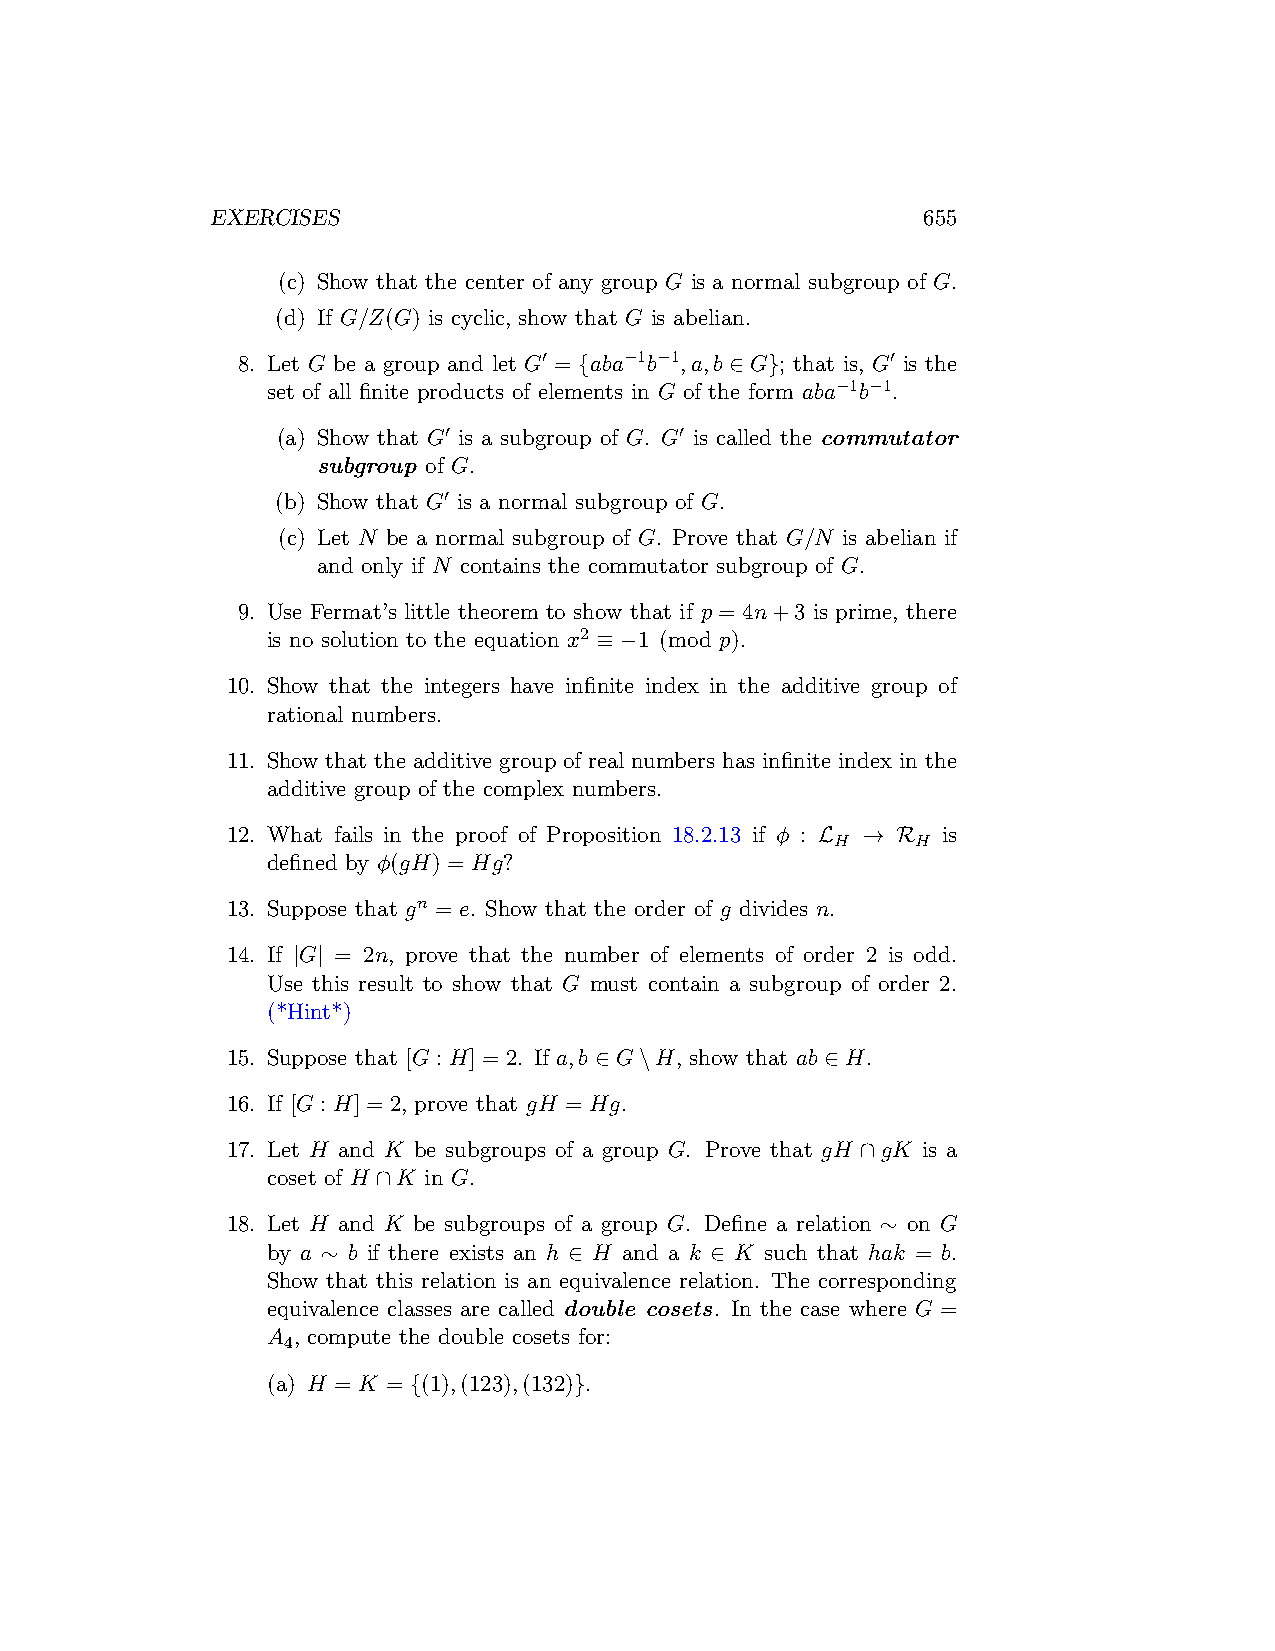
EXERCISES                                      655
 (c) Show that the center of any group G is a normal subgroup of G.
 (d) If G/Z(G) is cyclic, show that G is abelian.
 8. Let G be a group and let G′ = {aba−1b−1,a,b ∈ G}; that is, G′ is the
 set of all finite products of elements in G of the form aba−1b−1.
 (a) Show that G′ is a subgroup of G. G′ is called the commutator
 subgroup of G.
 (b) Show that G′ is a normal subgroup of G.
 (c) Let N be a normal subgroup of G. Prove that G/N is abelian if
 and only if N contains the commutator subgroup of G.
 9. Use Fermat’s little theorem to show that if p = 4n+3 is prime, there
 is no solution to the equation x2 ≡ −1 (mod p).
 10. Show that the integers have infinite index in the additive group of
 rational numbers.
 11. Show that the additive group of real numbers has infinite index in the
 additive group of the complex numbers.
 12. What fails in the proof of Proposition 18.2.13 if ϕ : L → R is
 H     H
 defined by ϕ(gH) = Hg?
 13. Suppose that gn = e. Show that the order of g divides n.
 14. If |G| = 2n, prove that the number of elements of order 2 is odd.
 Use this result to show that G must contain a subgroup of order 2.
 (*Hint*)
 15. Suppose that [G : H] = 2. If a,b ∈ G\H, show that ab ∈ H.
 16. If [G : H] = 2, prove that gH = Hg.
 17. Let H and K be subgroups of a group G. Prove that gH ∩gK is a
 coset of H ∩K in G.
 18. Let H and K be subgroups of a group G. Define a relation ∼ on G
 by a ∼ b if there exists an h ∈ H and a k ∈ K such that hak = b.
 Show that this relation is an equivalence relation. The corresponding
 equivalence classes are called double cosets. In the case where G =
 A , compute the double cosets for:
 4
 (a) H = K = {(1),(123),(132)}.